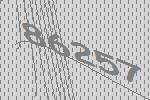
86257